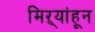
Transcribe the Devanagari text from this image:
मिऱ्यांहून